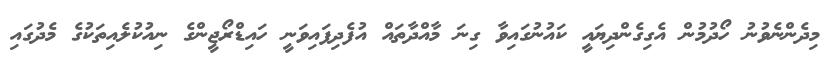
މިދެންނެވުނު ހޯދުމުން އެގިގެންދިޔައީ ކައުނުގައިވާ ގިނަ މާއްދާތައް އުފެދިފައިވަނީ ހައިޑްރޯޖީންގެ ނިއުކުލެއިތަކުގެ މެދުގައި